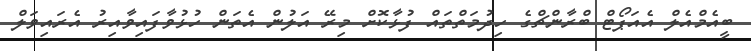
ބީއެމްއެލް އެއަޕޯޓް ބްރާންޗްގެ ހިދުމަތްތައް ފުޅާކޮށް މިރޭ އަލުން އެތަން ހުޅުވާފައިވާއިރު އެރައިވަލް